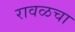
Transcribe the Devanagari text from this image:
रावळचा